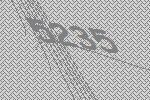
5235